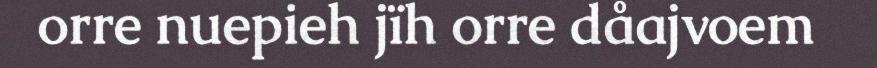
orre nuepieh jïh orre dåajvoem